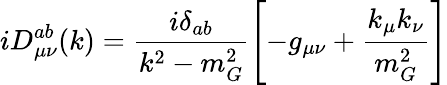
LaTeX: iD_{\mu\nu}^{ab}(k)=\frac{i\delta_{ab}}{k^{2}-m_{G}^{2}}\left[-g_{\mu\nu}+\frac{k_{\mu}k_{\nu}}{m_{G}^{2}}\right]